Report of the King Institute of Preventive Medicine, Guindy
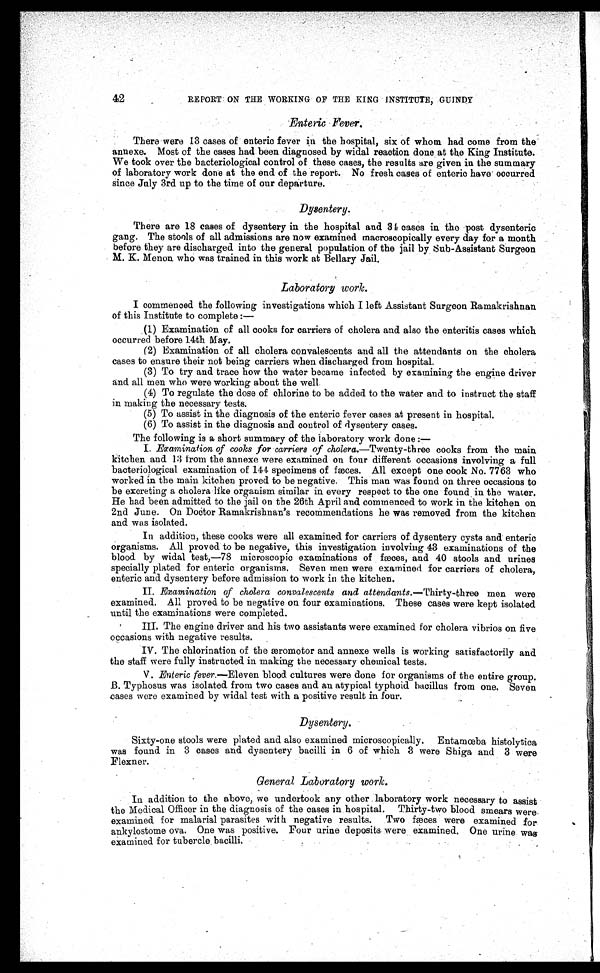
42
REPORT ON THE WORKING OF THE KING INSTITUTE, GUINDY
Enteric Fever.
There were 13 cases of enteric fever in the hospital, six of whom had come from the
annexe. Most of the cases had been diagnosed by widal reaction done at the King Institute.
We took over the bacteriological control of these cases, the results are given in the summary
of laboratory work done at the end of the report. No fresh cases of enteric have occurred
since July 3rd up to the time of our departure.
Dysentery.
There are 18 cases of dysentery in the hospital and 34 cases in the post dysenteric
gang. The stools of all admissions are now examined macroscopically every day for a month
before they are discharged into the general population of the jail by Sub-Assistant Surgeon
M. K. Menon who was trained in this work at Bellary Jail.
Laboratory work.
I commenced the following investigations which I left Assistant Surgeon Ramakrishnan
of this Institute to complete :
—
(1) Examination of all cooks for carriers of cholera and also the enteritis cases which
occurred before 14th May.
(2) Examination of all cholera convalescents and all the attendants on the cholera
cases to ensure their not being carriers when discharged from hospital.
(3) To try and trace how the water became infected by examining the engine driver
and all men who were working about the well.
(4) To regulate the dose of chlorine to be added to the water and to instruct the staff
in making the necessary tests.
(5) To assist in the diagnosis of the enteric fever cases at present in hospital.
(6) To assist in the diagnosis and control of dysentery cases.
The following is a short summary of the laboratory work done :—
I. Examination of cooks for carriers of cholera.—Twenty-three cooks from the main
kitchen and 13 from the annexe were examined on four different occasions involving a full
bacteriological examination of 144 specimens of fæces. All except one cook No. 7763 who
worked in the main kitchen proved to be negative. This man was found on three occasions to
be excreting a cholera like organism similar in every respect to the one found in the water.
He had been admitted to the jail on the 26th April and commenced to work in the kitchen on
2nd June. On Doctor Ramakrishnan's recommendations he was removed from the kitchen
and was isolated.
In addition, these cooks were all examined for carriers of dysentery cysts and enteric
organisms. All proved to be negative, this investigation involving 43 examinations of the
blood by widal test,—78 microscopic examinations of fæces, and 40 stools and urines
specially plated for enteric organisms. Seven men were examined for carriers of cholera,
enteric and dysentery before admission to work in the kitchen.
II. Examination of cholera convalescents and attendants .—Thirty-three men were
examined. All proved to be negative on four examinations. These cases were kept isolated
until the examinations were completed.
III. The engine driver and his two assistants were examined for cholera vibrios on five
occasions with negative results.
IV. The chlorination of the æromotor and annexe wells is working satisfactorily and
the staff were fully instructed in making the necessary chemical tests.
V. Enteric fever.—Eleven blood cultures were done for organisms of the entire group.
B. Typhosus was isolated from two cases and an atypical typhoid bacillus from one. Seven
cases were examined by widal test with a positive result in four.
Dysentery.
Sixty-one stools were plated and also examined microscopically. Entamœba histolytica
was found in 3 cases and dysentery bacilli in 6 of which 3 were Shiga and 3 were
Flexner.
General Laboratory work.
• In addition to the above, we undertook any other laboratory work necessary to assist
the Medical Officer in the diagnosis of the cases in hospital. Thirty-two blood smears were
examined for malarial parasites with negative results. Two fæces were examined for
ankylostome ova. One was positive. Four urine deposits were examined. One urine was
examined for tubercle bacilli.